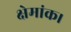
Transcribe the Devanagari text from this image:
क्षेमांक।